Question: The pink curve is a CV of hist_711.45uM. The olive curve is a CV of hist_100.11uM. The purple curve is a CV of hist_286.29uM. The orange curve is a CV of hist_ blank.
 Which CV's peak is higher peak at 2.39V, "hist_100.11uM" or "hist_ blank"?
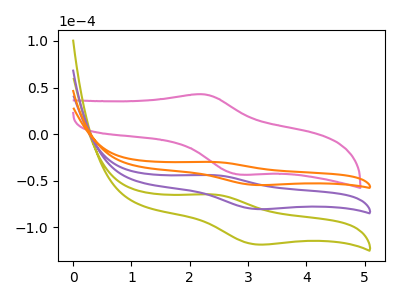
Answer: <think>The pink curve "hist_711.45uM" has an anodic peak at (2.20V, 42.80uA) and a cathodic peak at (2.85V, -43.50uA). The olive curve "hist_100.11uM" has an anodic peak at (2.40V, -88.05uA) and a cathodic peak at (3.15V, -161.00uA). The purple curve "hist_286.29uM" has an anodic peak at (2.40V, -44.05uA) and a cathodic peak at (3.15V, -80.50uA). The orange curve "hist_ blank" has an anodic peak at (2.40V, -29.90uA) and a cathodic peak at (3.15V, -54.65uA).</think>
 <answer>The peak at 2.39V is lower in "hist_100.11uM" than in "hist_ blank".</answer>
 <eval>lower</eval>